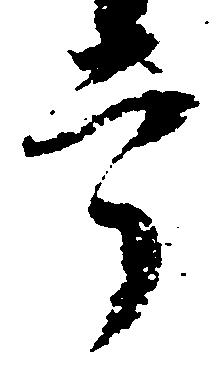
掌